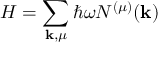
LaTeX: H = \sum _ { \mathbf { k } , \mu } \hbar \omega N ^ { ( \mu ) } ( \mathbf { k } )